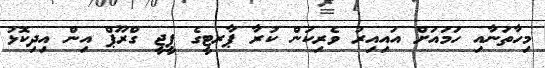
މިހާތަނާއި ހަމައަށް އައިއިރު ވެރިކަން ކުރާ ޕާރޓީގެ ޕީޖީ ގްރޫޕް އިން އިދިކޮޅު